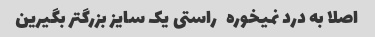
اصلا به درد نمیخوره   راستی یک سایز بزرگتر بگیرین